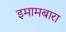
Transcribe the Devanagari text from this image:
इमामबारा